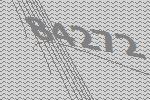
84272